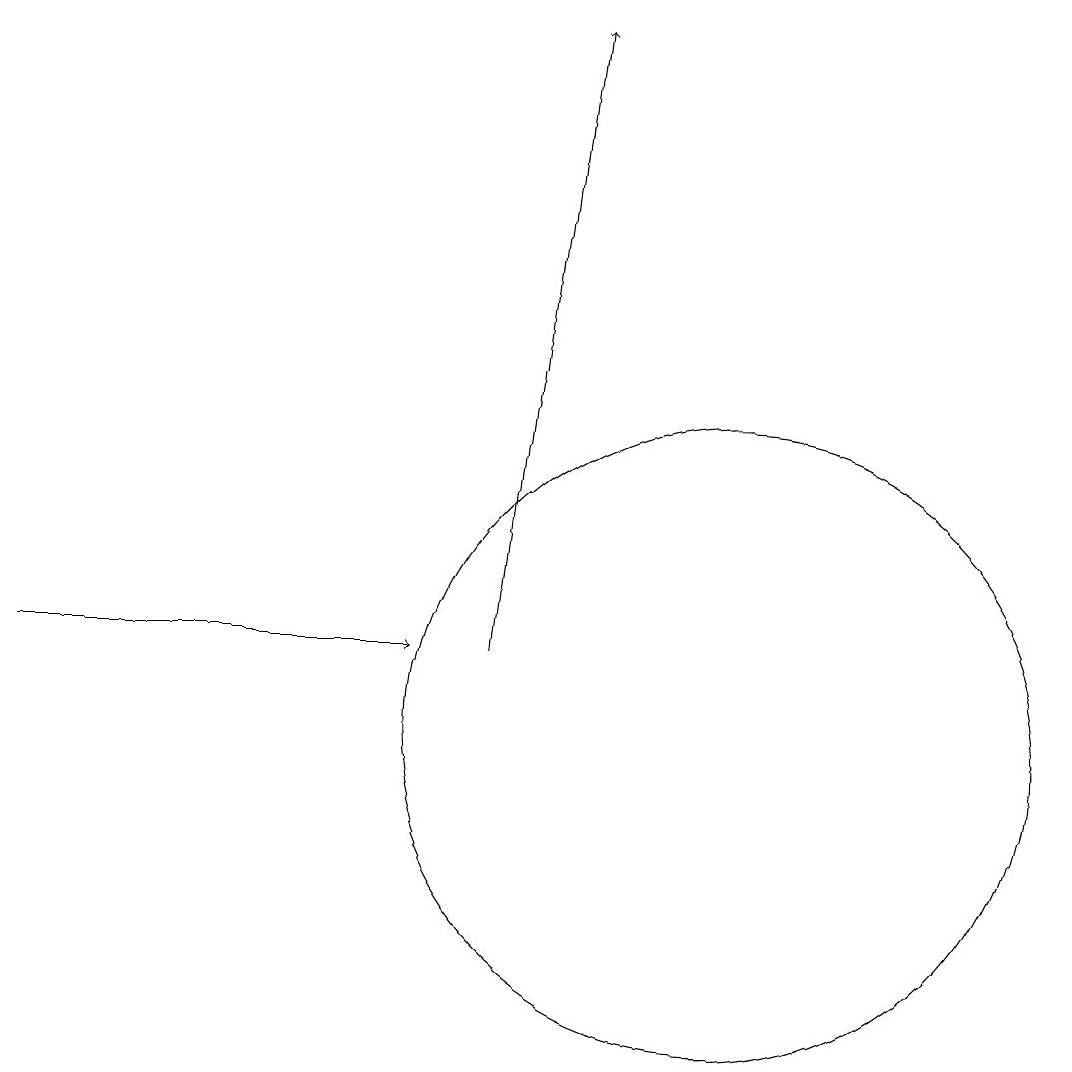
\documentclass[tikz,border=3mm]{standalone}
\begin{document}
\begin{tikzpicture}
\draw[->] (1,11) -- (6,11);
\draw (10,10) circle (4);
\draw[->] (7,11) -- (8,19);
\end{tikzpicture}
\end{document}